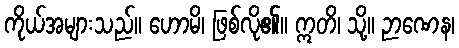
ကိုယ်အများသည်။ ဟောမိ၊ ဖြစ်လို၏။ ဣတိ၊ သို့။ ဉာဏေန၊